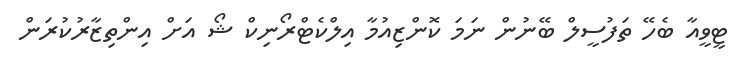
ޓީވީއާ ބެހޭ ތަފުސީލް ބޭނުން ނަމަ ކޮންޒިއުމާ އިލްކެޓްރޯނިކް ޝޯ އަށް އިންތިޒާރުކުރަން